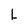
Character: L